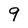
Character: 9